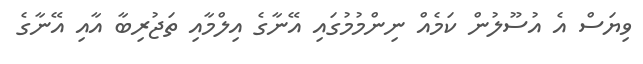
ވިޔަސް އެ އުސޫލުން ކަމެއް ނިންމުމުގައި އޭނާގެ އިލްމާއި ތަޖުރިބާ އާއި އޭނާގެ